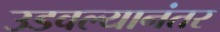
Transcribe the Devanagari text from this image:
उडवल्यानंतर